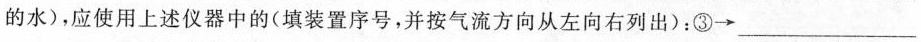
的水)，应使用上述仪器中的(填装置序号，并按气流方向从左向右列出)：③→___